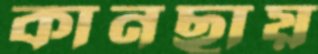
কানছায়